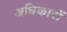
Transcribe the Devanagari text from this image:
अधिकारों